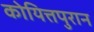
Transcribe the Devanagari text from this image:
कोयित्तपुरान